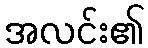
အလင်း၏